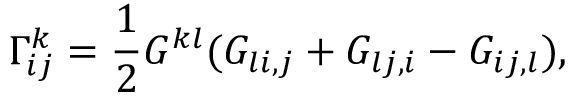
\Gamma _ { i j } ^ { k } = { \frac { 1 } { 2 } } G ^ { k l } ( G _ { l i , j } + G _ { l j , i } - G _ { i j , l } ) ,